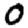
Digit: 0